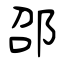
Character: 邵